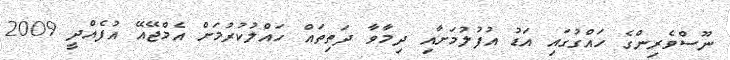
ނޫސްވެރިންގެ ހައްގުގައި އަޑު އުފުލުމަށާއި ދިމާވާ ދަތިތައް ހައްލުކުރުމަށް އެމްޖޭއޭ އުފެއްދީ 2009